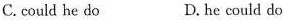
C. could he do D. he could do